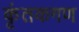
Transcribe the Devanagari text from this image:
कृंतकगण